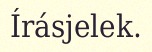
Írásjelek.